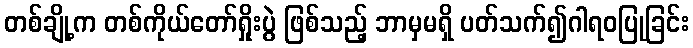
တစ်ချို့က တစ်ကိုယ်တော်ရှိုးပွဲ ဖြစ်သည့် ဘာမှမရှိ ပတ်သက်၍ဂါရဝပြုခြင်း